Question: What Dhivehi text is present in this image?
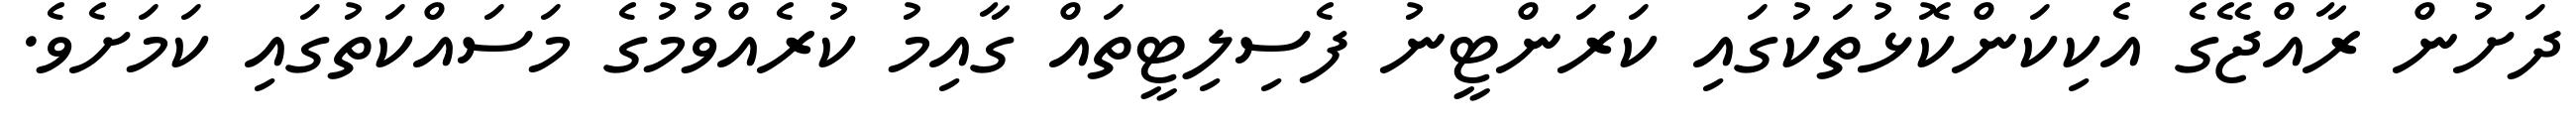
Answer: ދަށުން ރާއްޖޭގެ އެކިކަންކޮޅުތަކުގައި ކަރަންޓީނު ފެސިލިޓީތައް ގާއިމު ކުރެއްވުމުގެ މަސައްކަތުގައި ކަމަށެވެ.